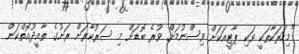
"މިހަރަކާތަކީ ވަކި ޕާޓީއަކަށް ވިސްނުމަށް ވުރެ ބޮޑަށް މި ސަރުކާރަށް ރަށުގެ ތާއީދުއޮތްކަން